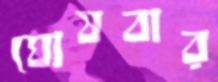
ঘোষবার